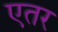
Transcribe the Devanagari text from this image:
एतर